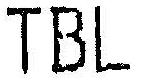
TBL